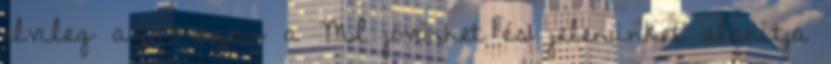
elvileg az ország a MI jövőnket és jelenünket alakítja